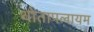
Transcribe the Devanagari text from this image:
थोतापलायम